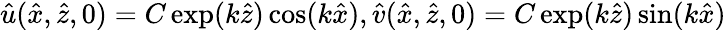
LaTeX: \hat{u}(\hat{x},\hat{z},0)=C\exp(k\hat{z})\cos(k\hat{x}),\hat{v}(\hat{x},\hat{z},0)=C\exp(k\hat{z})\sin(k\hat{x})